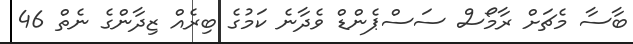
ބާސާ މެޗަށް ރާމޯސް ސަސްޕެންޑް ވެދާނެ ކަމުގެ ބިރެއް ޒިދާންގެ ނެތް 46